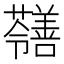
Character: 𡅐